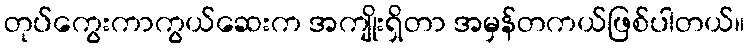
တုပ်ကွေးကာကွယ်ဆေးက အကျိုးရှိတာ အမှန်တကယ်ဖြစ်ပါတယ်။